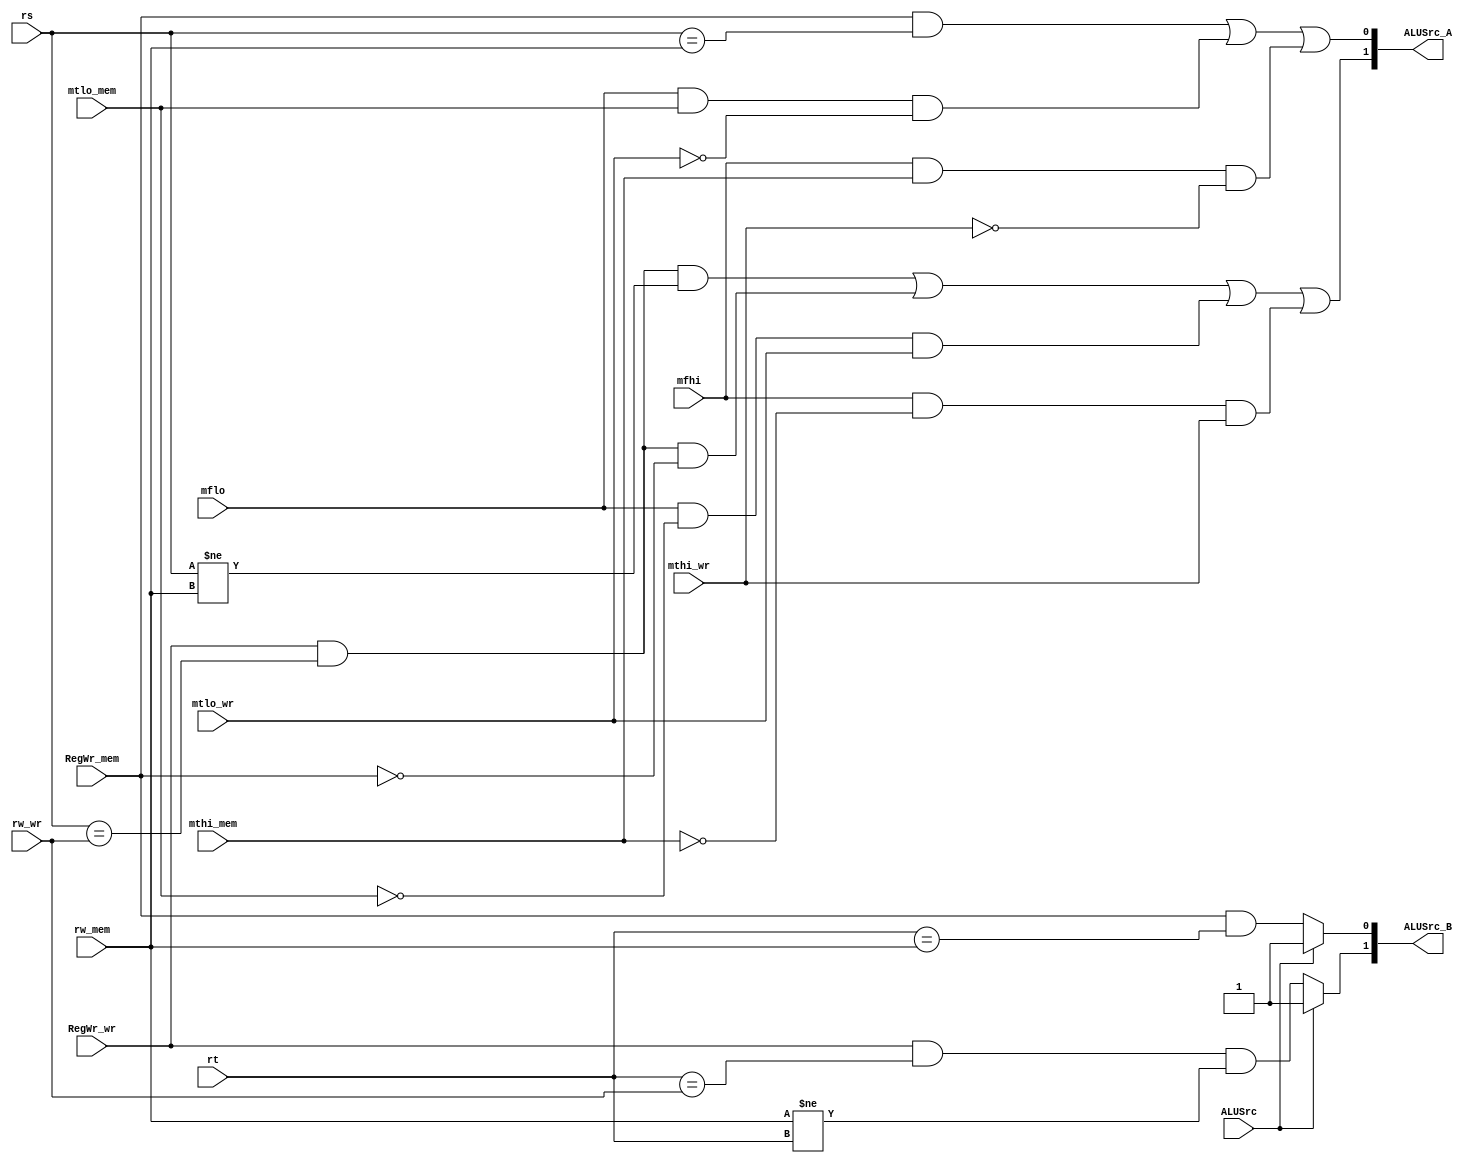
module forwarding(
	input[4:0] rs,
	input[4:0] rt,
	input[4:0] rw_mem,
	input[4:0] rw_wr,
	input RegWr_mem,
	input RegWr_wr,
	input ALUSrc,
	input mflo,
	input mfhi,
	input mtlo_mem,
	input mthi_mem,
	input mtlo_wr,
	input mthi_wr,
	
	output[1:0] ALUSrc_A,
	output[1:0] ALUSrc_B
    );
	
	assign ALUSrc_A[0] = (RegWr_mem&&rs==rw_mem) || (mflo&&mtlo_mem&&!mtlo_wr) || (mfhi&&mthi_mem&&!mthi_wr);
	assign ALUSrc_A[1] = (RegWr_wr && rs==rw_wr && rs!=rw_mem) || (RegWr_wr && rs==rw_wr && !RegWr_mem) || (mflo&&!mtlo_mem&&mtlo_wr) || (mfhi&&!mthi_mem&&mthi_wr);

	assign ALUSrc_B[0] = (ALUSrc == 1)? 1:RegWr_mem&&rt==rw_mem;
	assign ALUSrc_B[1] = (ALUSrc == 1)? 1:RegWr_wr && rt==rw_wr && rw_mem!=rt;
	 

endmodule